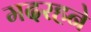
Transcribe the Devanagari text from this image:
मदरहने